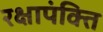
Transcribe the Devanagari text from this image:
रक्षापंक्ति